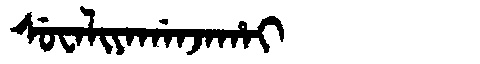
Manchu: ᠰᡠᠸᠠᠯᡳᠶᠠᡤᠠᠨᠵᠠᡥᠠᡳ
Romanization: SUWALIYAGANJAHAI